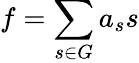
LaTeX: f=\sum_{s\in G}a_{s}s